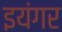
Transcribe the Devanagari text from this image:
इयंगर